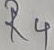
Text: R4